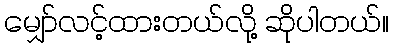
မျှော်လင့်ထားတယ်လို့ ဆိုပါတယ်။